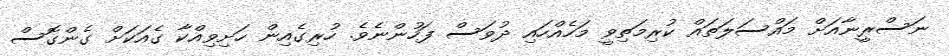
ނަސްރީނާއަށް މައްސަލަތައް ކުރިމަތިވީ މަހެއްހައި ދުވަސް ފަހުންނެވެ. ހުރިގެއިން ހަށިވިއްކާ ގެއަކަށް ގެންގޮސް